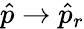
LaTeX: \hat{p}\to\hat{p}_{r}